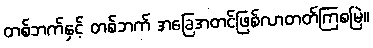
တစ်ဘက်နှင့် တစ်ဘက် အခြေအတင်ဖြစ်လာတတ်ကြစမြဲ။